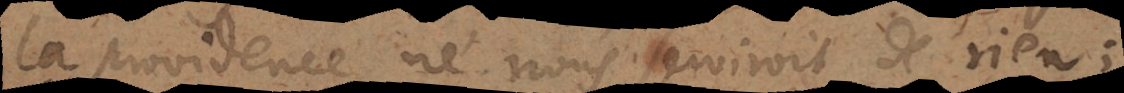
la providence ne vous serviroit de rien;